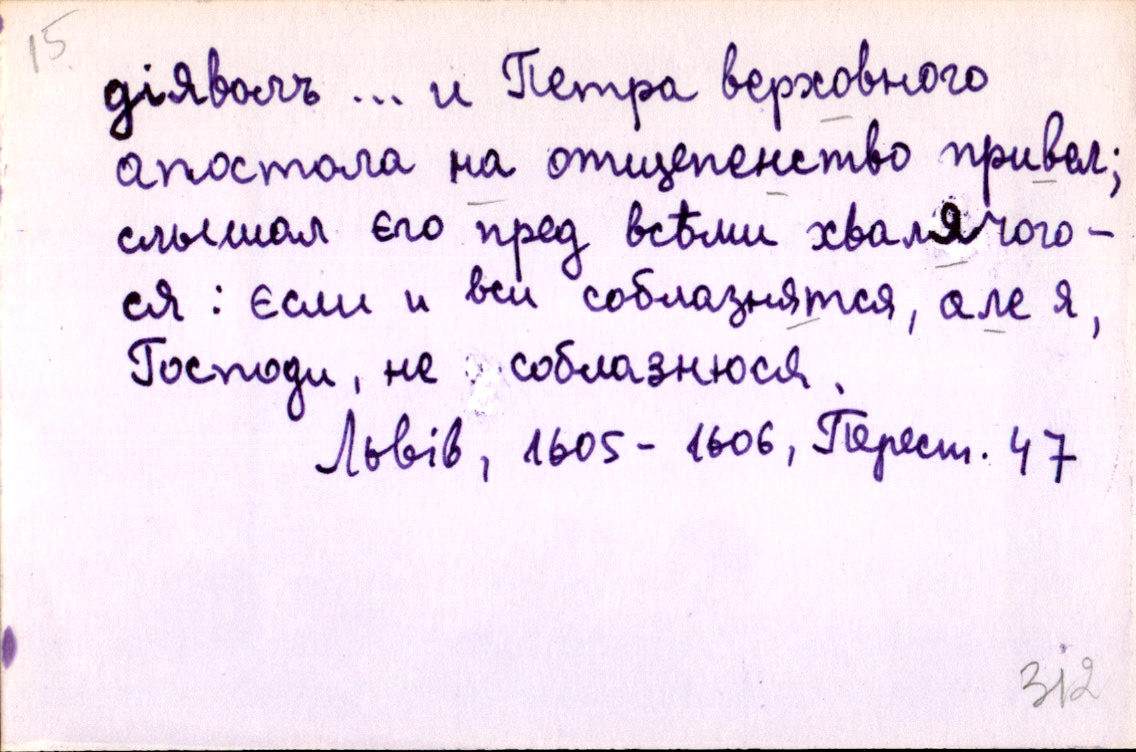
діяволъ … и Петра верховного
апостола на отщепенство привел;
слышал єго пред всѣми хвалячого-
ся: єсли и вси соблазнятся, але я,
Господи, не соблазнюся.
Львів, 1605-1606, Перест. 47